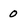
Character: 0